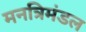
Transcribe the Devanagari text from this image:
मनत्रिमंडल